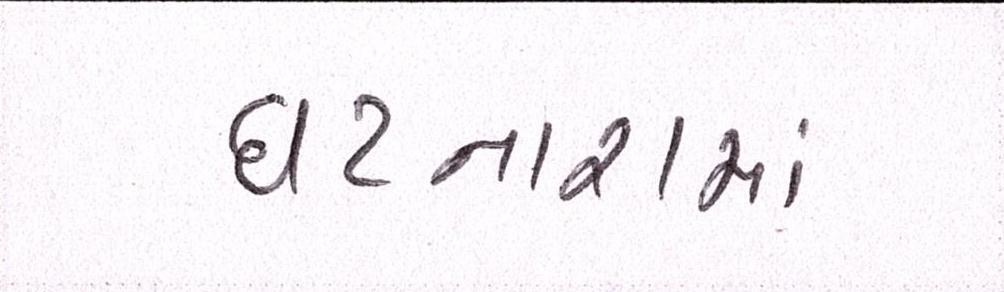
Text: ઘટનારામાં